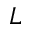
L